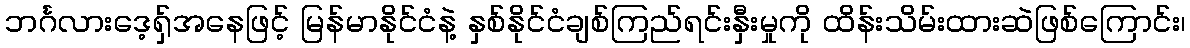
ဘင်္ဂလားဒေ့ရှ်အနေဖြင့် မြန်မာနိုင်ငံနဲ့ နှစ်နိုင်ငံချစ်ကြည်ရင်းနှီးမှုကို ထိန်းသိမ်းထားဆဲဖြစ်ကြောင်း၊